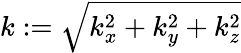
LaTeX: k:=\sqrt{k_{x}^{2}+k_{y}^{2}+k_{z}^{2}}